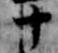
十